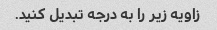
زاویه زیر را به درجه تبدیل کنید.